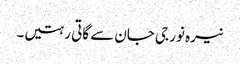
نیرہ نور جی جان سے گاتی رہتیں۔